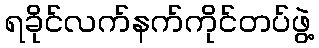
ရခိုင်လက်နက်ကိုင်တပ်ဖွဲ့